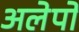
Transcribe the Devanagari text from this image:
अलेपो